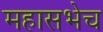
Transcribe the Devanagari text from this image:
महासभेच